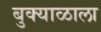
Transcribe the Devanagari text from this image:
बुक्याळाला